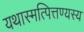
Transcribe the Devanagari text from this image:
यथास्मत्पित्तण्यस्य